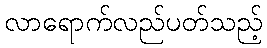
လာရောက်လည်ပတ်သည့်